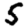
Digit: 5